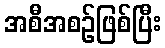
အစီအစဉ်ဖြစ်ပြီး